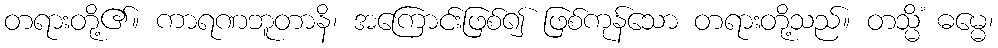
တရားတို့၏။ ကာရဏဘူတာနိ၊ အကြောင်းဖြစ်၍ ဖြစ်ကုန်သော တရားတို့သည်။ တသ္မိံ ဓမ္မေ၊